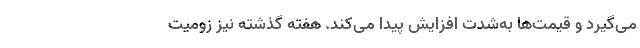
می‌گیرد و قیمت‌ها به‌شدت افزایش پیدا می‌کند. هفته گذشته نیز زومیت